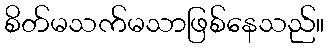
စိတ်မသက်မသာဖြစ်နေသည်။